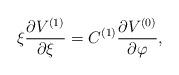
LaTeX: \begin{align*}\xi \frac{\partial V^{(1)}}{\partial \xi }=C^{(1)}\frac{\partial V^{(0)}}{\partial \varphi },\end{align*}